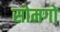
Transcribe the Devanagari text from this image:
सोमगो